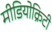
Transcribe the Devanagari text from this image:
मीडियोक्रिटी